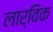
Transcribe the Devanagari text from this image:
लार्विक